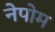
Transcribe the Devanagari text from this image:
नेपोम